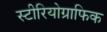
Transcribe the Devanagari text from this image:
स्टीरियोग्राफिक